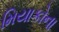
મિયાકોના